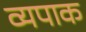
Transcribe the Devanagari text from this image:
व्यपाक